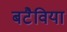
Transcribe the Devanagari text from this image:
बटैविया